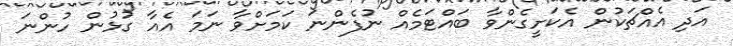
އަދި އެއްޗަކުން އެކަށީގެންވާ ބައްޓަމެއް ނުފެންނަ ކަމަށްވާ ނަމަ އެއާ ގުޅުން ހުންނަ